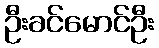
ဦးခင်မောင်ဦး